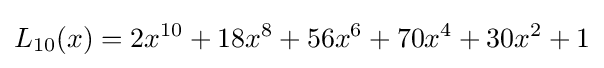
L_{10}(x)=2x^{10}+18x^{8}+56x^{6}+70x^{4}+30x^{2}+1